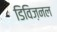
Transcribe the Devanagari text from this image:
डिविज़नल